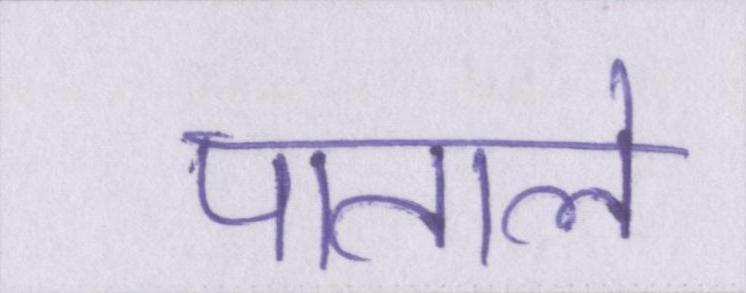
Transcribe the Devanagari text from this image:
पाताले